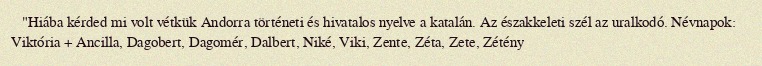
"Hiába kérded mi volt vétkük Andorra történeti és hivatalos nyelve a katalán. Az északkeleti szél az uralkodó. Névnapok: Viktória + Ancilla, Dagobert, Dagomér, Dalbert, Niké, Viki, Zente, Zéta, Zete, Zétény